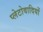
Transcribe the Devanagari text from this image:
प्लेटोवादियों